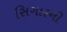
સિગારની